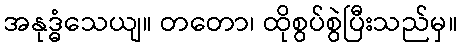
အနုဒ္ဓံသေယျ။ တတော၊ ထိုစွပ်စွဲပြီးသည်မှ။